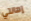
إهانتي